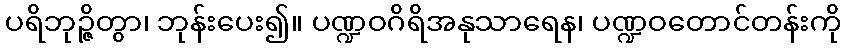
ပရိဘုဉ္ဇိတွာ၊ ဘုန်းပေး၍။ ပဏ္ဍဝဂိရိအနုသာရေန၊ ပဏ္ဍဝတောင်တန်းကို